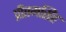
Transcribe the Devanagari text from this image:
प्रीतमसिंह